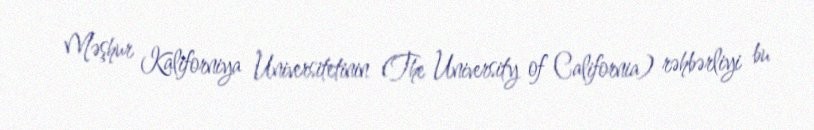
Məşhur Kaliforniya Universitetinin (The University of California) rəhbərliyi bu